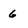
Character: 6